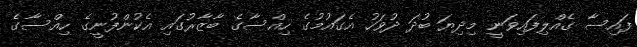
ފައިސާ ގެއްލިފައިވަނީ މިދިޔަ ބުދަ ދުވަހު އެގައުމުގެ ހިއްސާގެ ބާޒާރުގައި އެކުންފުނީގެ ހިއްސާގެ